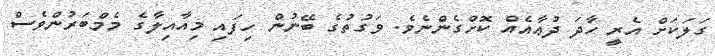
ގަލަކަށް އެރީ ހާދަ ދުޢާއެއް ކޮށްގެންނެވެ. ވަގުތުގެ ބޭނުން ހިފައި މިއާއިލާގެ މެމްބަރުންވެސް